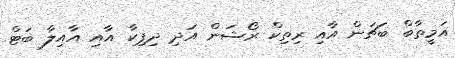
އަމީތާބް ބަޗަން އާއި ރިތިކް ރޯޝަން އަދި ދިޕިކާ އާއި އާއިލާ ބަޓް